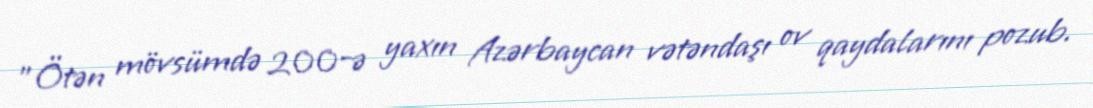
"Ötən mövsümdə 200-ə yaxın Azərbaycan vətəndaşı ov qaydalarını pozub.